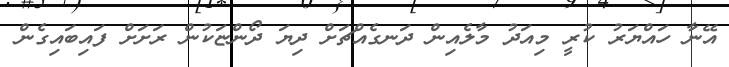
އޭނާ ހައްޔަރު ކުރީ މިއަދު މާލެއިން ދަނގެއްޗަށް ދިޔަ ދޯންޏަކުން ރަށަށް ފައިބައިގެން